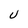
Character: U